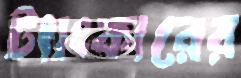
ট্যাংকারের